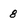
Character: 8